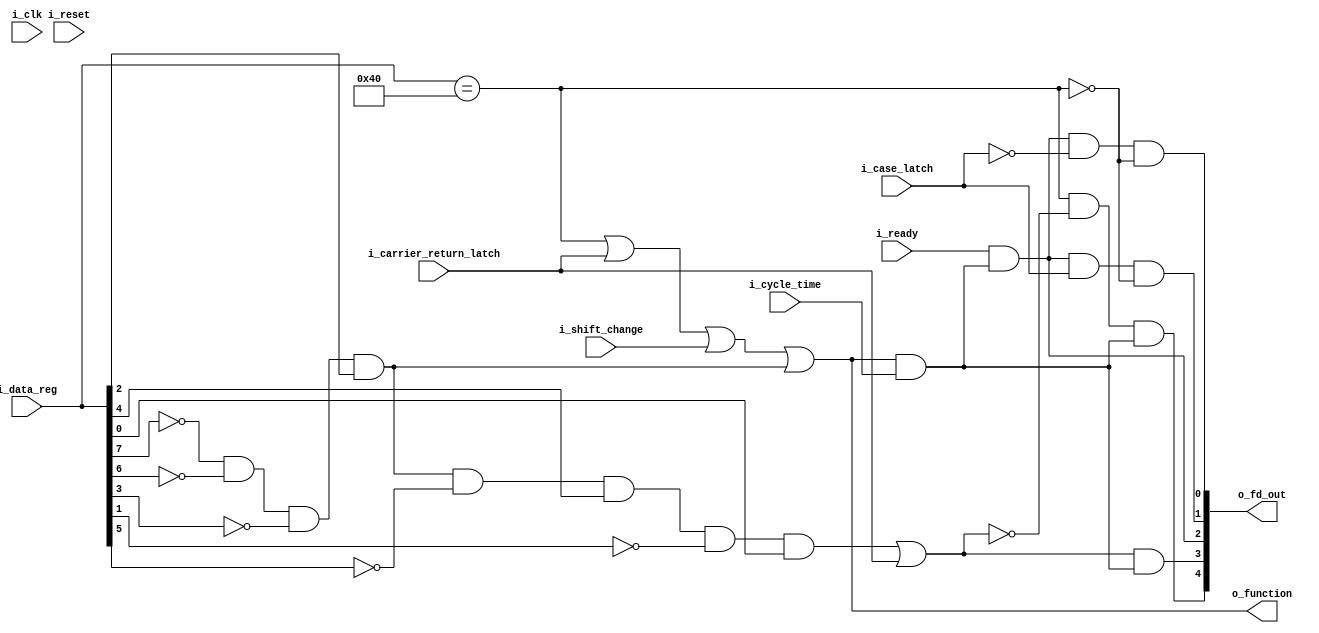
// from SY22-2909-2_1052_Adapter_and_2150_Console_FETOP_Jan69.pdf
// figure 9; function decoder
// pdf page 20; 1052 & 2150 feto/fedm (5-66) 20
`default_nettype   none
module cfdecode(i_clk, i_reset,
	i_data_reg,
	i_carrier_return_latch,
	i_shift_change,
	i_ready,
	i_cycle_time,
	i_case_latch,
	o_function,
	o_fd_out);

// verilator lint_off UNUSED
input wire i_clk;
input wire i_reset;
// verilator lint_on UNUSED

input wire [7:0] i_data_reg;
input wire i_carrier_return_latch;
input wire i_shift_change;
input wire i_ready;
input wire i_cycle_time;
input wire i_case_latch;
output wire o_function;
output wire [4:0] o_fd_out;

wire pick_space_magnet;
wire pick_crlf_magnet;
wire pick_ready;
wire pick_lc_magnet;
wire pick_uc_magnet;

wire space;
wire x_e8ctrl;
wire x_functcycle;
wire cr_and_lf;

assign o_fd_out = {pick_space_magnet, pick_crlf_magnet, pick_ready,
	pick_lc_magnet, pick_uc_magnet};

wire b0,b1,b2,b3,b4,b5,b6,b7;

assign {b0,b1,b2,b3,b4,b5,b6,b7} = i_data_reg;

assign space = i_data_reg == 8'h40;

// any ebcdic control character (that's also a ptt8 control char)
assign x_e8ctrl = ~b0 & ~b1 & ~b4 & b5;	// [0123][4567]
// 'h15 == nl newline
assign cr_and_lf = (x_e8ctrl & ~b2 & b3 & ~b6 & b7) | i_carrier_return_latch;

assign o_function = space | i_carrier_return_latch | i_shift_change | x_e8ctrl;
assign x_functcycle = o_function & i_cycle_time;

assign pick_space_magnet = space & ~cr_and_lf & x_functcycle;

assign pick_crlf_magnet = cr_and_lf & x_functcycle;

assign pick_ready = i_ready & x_functcycle;

assign pick_lc_magnet = pick_ready & i_case_latch & ~space;
assign pick_uc_magnet = pick_ready & ~i_case_latch & ~space;

endmodule